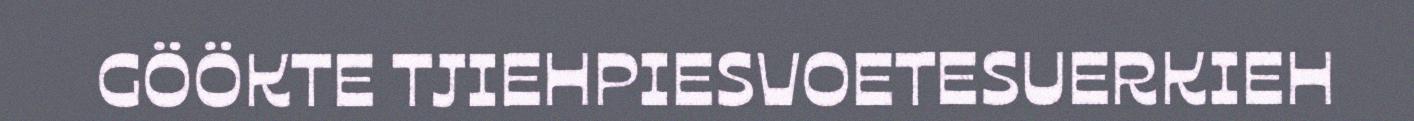
GÖÖKTE TJIEHPIESVOETESUERKIEH